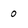
Character: 0